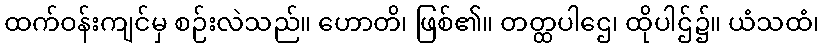
ထက်ဝန်းကျင်မှ စဉ်းလဲသည်။ ဟောတိ၊ ဖြစ်၏။ တတ္ထပါဌေ၊ ထိုပါဌ်၌။ ယံသထံ၊